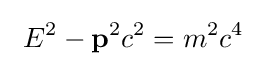
\ E^{2}-\mathbf {p} ^{2}c^{2}=m^{2}c^{4}\